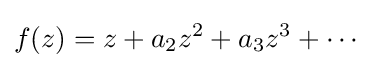
f(z)=z+a_{2}z^{2}+a_{3}z^{3}+\cdots